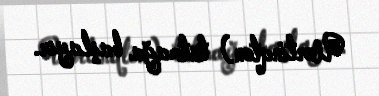
Uortinqton) tutmağa başlayır.